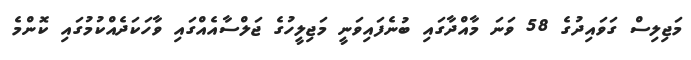
މަޖިލިސް ގަވައިދުގެ 58 ވަނަ މާއްދާގައި ބުނެފައިވަނީ މަޖިލީހުގެ ޖަލްސާއެއްގައި ވާހަކަދެއްކުމުގައި ކޮންމެ